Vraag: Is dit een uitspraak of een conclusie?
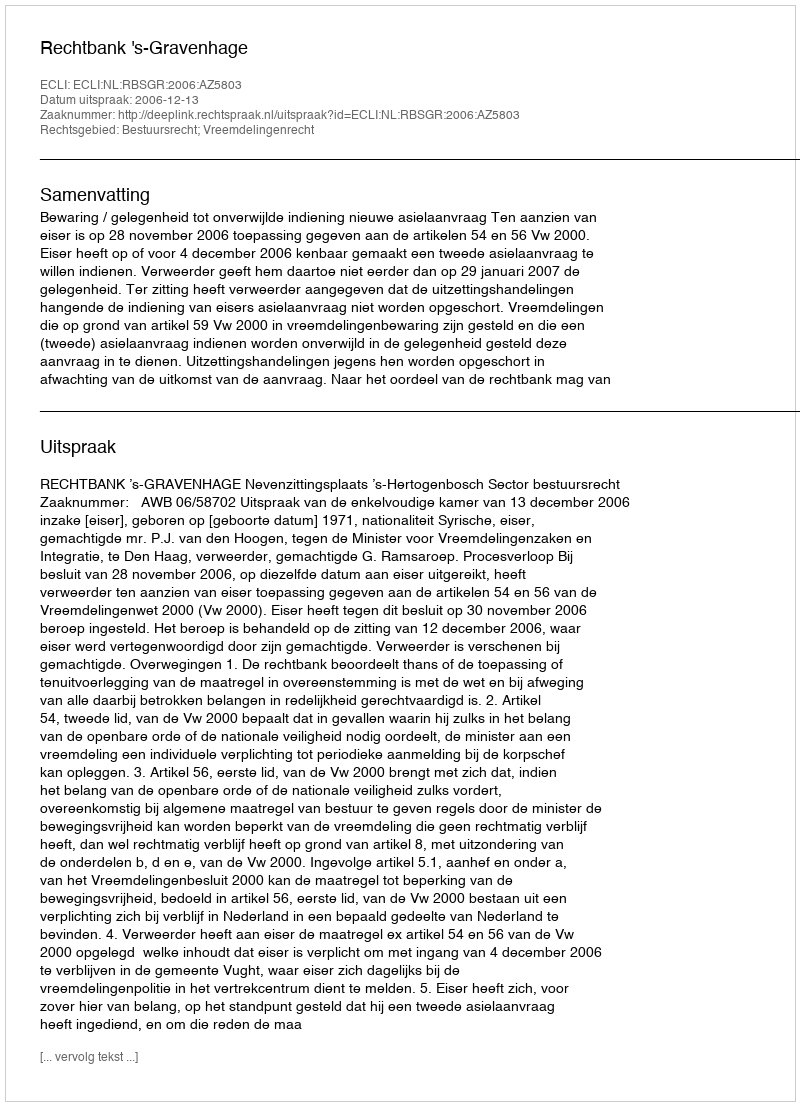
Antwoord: Uitspraak